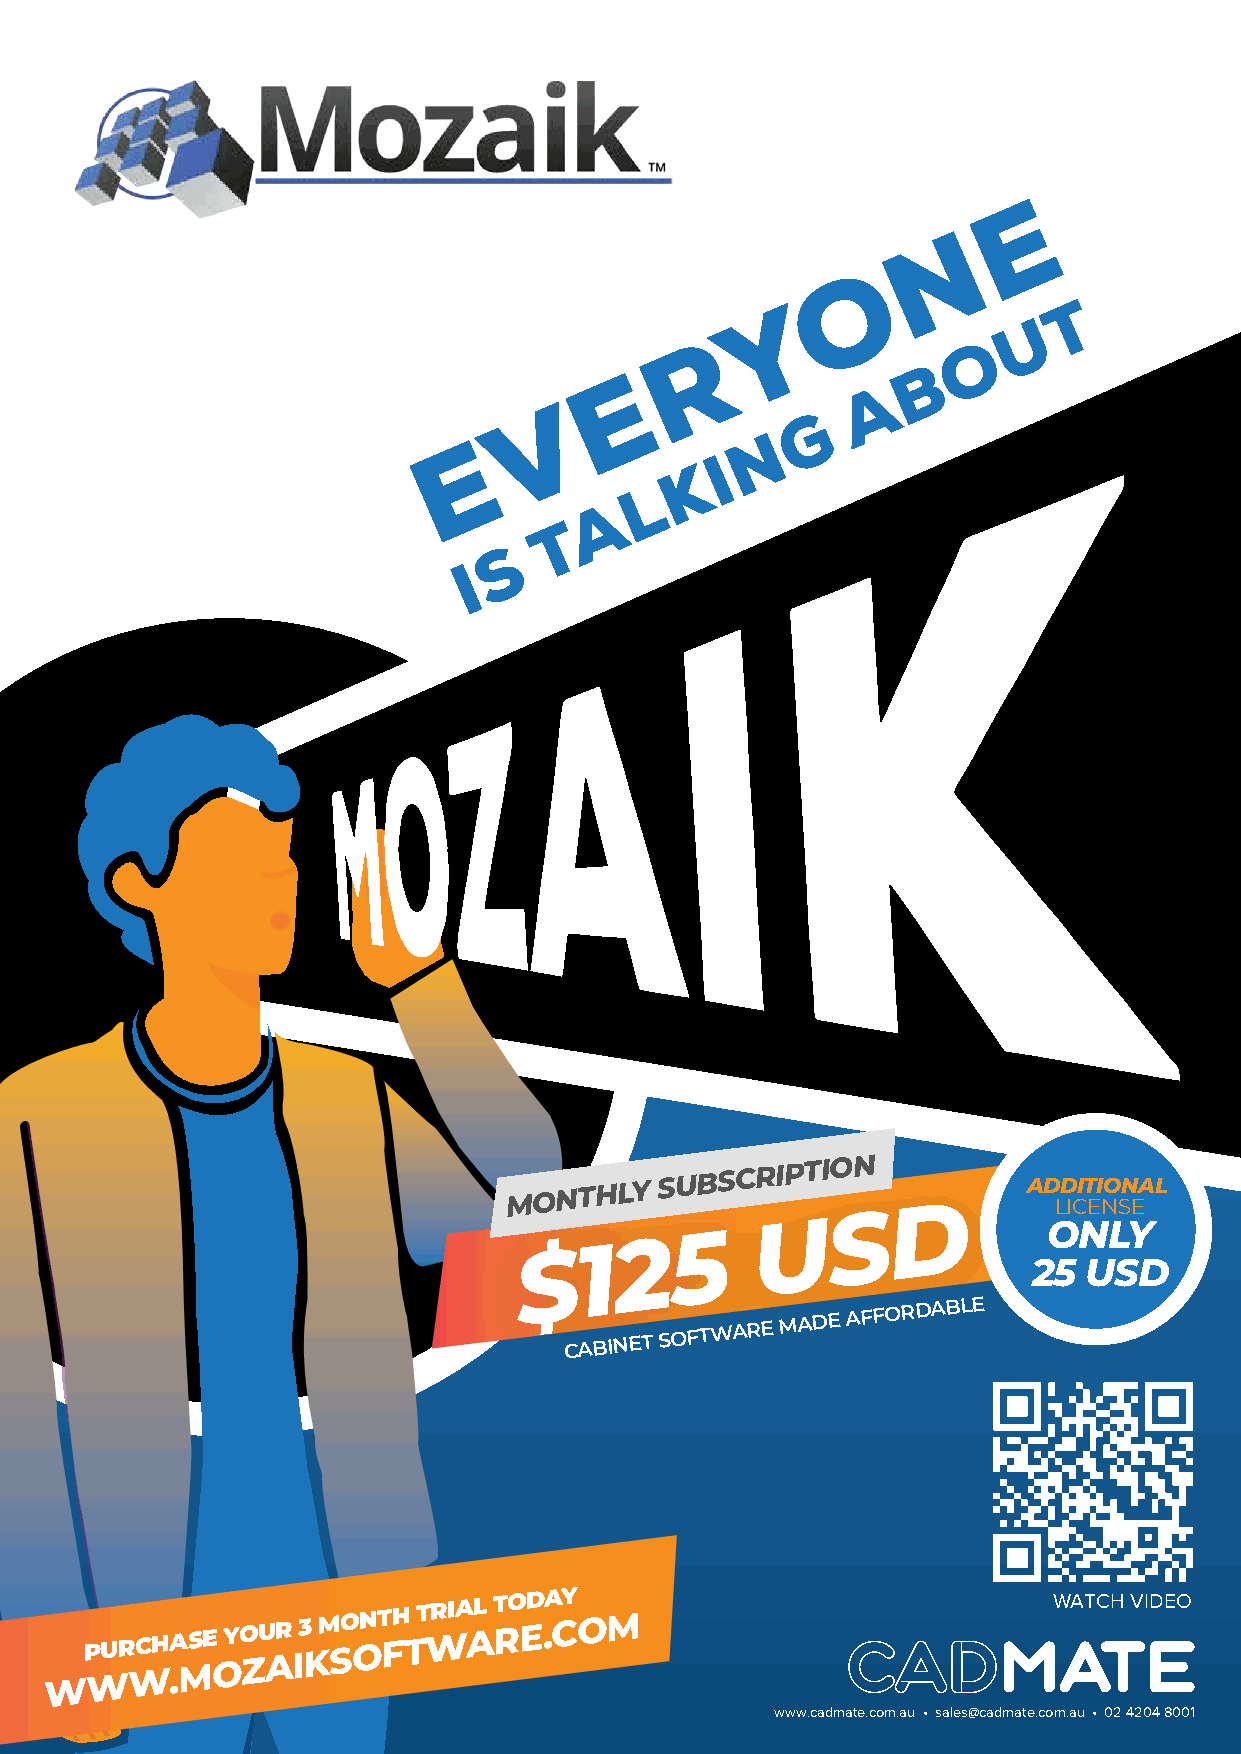
E
 N
 O
 Y                   T
 U
 R                 O
 B
 E
 A
 V
 G
 E                  N
 I
 K
 L
 A
 T
 S
 I
 MMOONNTTHHLLYY
 SSUUBBSSCCRRIIPPTTIIOONN
 AD LD ICIT EI NO SN EAL
 ONLY
 25  USD
 CABINET
 SOFTWARE
 MADE
 AFFORDABLE
 WP WUR WCH .A MSE
 O
 YO ZU AR I3 K M SO ONT FH T T WRIA AL T RO ED .A CY OM WATCH VIDEO
 www.cadmate.com.au • sales@cadmate.com.au • 02 4204 8001